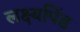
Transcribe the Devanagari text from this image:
लक्ष्यपिंड